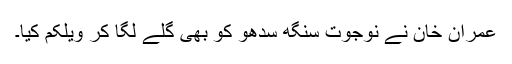
عمران خان نے نوجوت سنگھ سدھو کو بھی گلے لگا کر ویلکم کیا۔